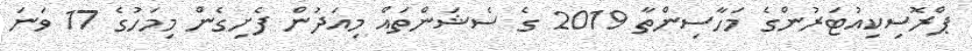
ޕްރޮސިކިއުޓަރުންގެ މަހާސިންތާ 2019 ގެ ސެޝަންތައް މިއަދުން ފެށިގެން މިމަހުގެ 17 ވަނަ